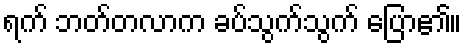
ရက် ဘတ်တလာက ခပ်သွက်သွက် ပြော၏။